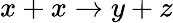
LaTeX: x+x\rightarrow y+z